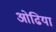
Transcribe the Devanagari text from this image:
ओढिया